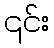
၎င်း